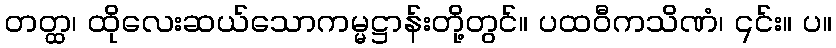
တတ္ထ၊ ထိုလေးဆယ်သောကမ္မဋ္ဌာန်းတို့တွင်။ ပထဝီကသိဏံ၊ ၎င်း။ ပ။